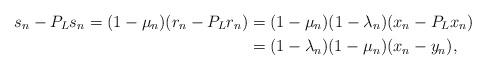
LaTeX: \begin{align*}s_n -P_Ls_n =(1-\mu_n)(r_n -P_Lr_n)&=(1-\mu_n)(1-\lambda_n)(x_n -P_Lx_n)\\&=(1-\lambda_n)(1-\mu_n)(x_n -y_n),\end{align*}